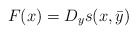
\begin{align*}F(x) = D_y s(x,\bar y)\end{align*}